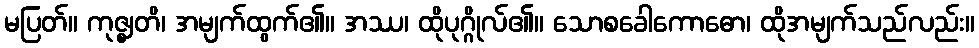
မပြတ်။ ကုဇ္ဈတိ၊ အမျက်ထွက်၏။ အဿ၊ ထိုပုဂ္ဂိုလ်၏။ သောစခေါကောဓော၊ ထိုအမျက်သည်လည်း။